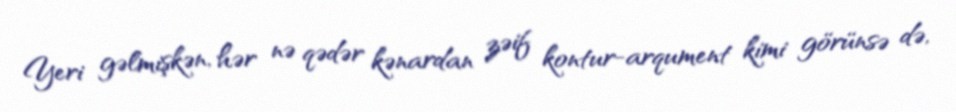
Yeri gəlmişkən, hər nə qədər kənardan zəif kontur-arqument kimi görünsə də,